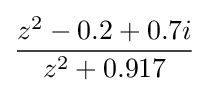
{\frac {z^{2}-0.2+0.7i}{z^{2}+0.917}}